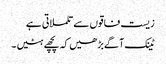
زیست فاقوں سے تلملاتی ہے
ٹینک آگے بڑھیں کہ پچھے ہٹیں ۔